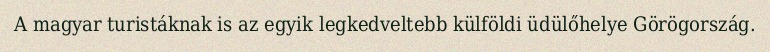
A magyar turistáknak is az egyik legkedveltebb külföldi üdülőhelye Görögország.